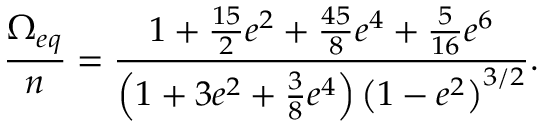
\frac { \Omega _ { e q } } { n } = \frac { 1 + \frac { 1 5 } { 2 } e ^ { 2 } + \frac { 4 5 } { 8 } e ^ { 4 } + \frac { 5 } { 1 6 } e ^ { 6 } } { \left( 1 + 3 e ^ { 2 } + \frac { 3 } { 8 } e ^ { 4 } \right) \big ( 1 - e ^ { 2 } \big ) ^ { 3 / 2 } } .